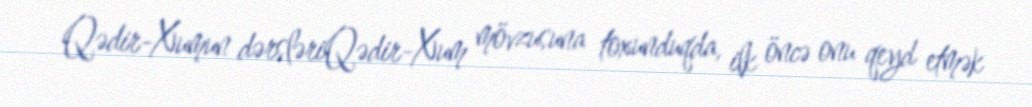
Qədir-Xumun dərsləriQədir-Xum mövzusuna toxunduqda, ilk öncə onu qeyd etmək